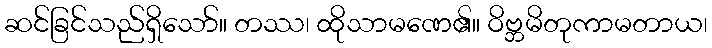
ဆင်ခြင်သည်ရှိသော်။ တဿ၊ ထိုသာမဏေ၏။ ဝိဗ္ဘမိတုကာမတာယ၊